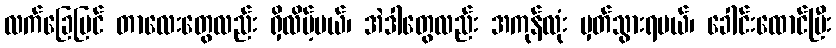
လက်ခြေပြင် တာလေးတွေလည်း ရှိလိမ့်မယ်၊ အဲဒါတွေလည်း အကုန်လုံး မှတ်သွားရမယ်၊ ခေါင်းထောင်ပြီး